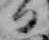
日